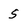
Character: s